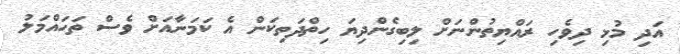
އަދި މުޅި ދިވެހި ރައްޔިތުންނަށް ލިބިގެންދިޔަ ހިތްދަތިކަން އެ ކަމަނާއަށް ވެސް ތަހައްމަލު